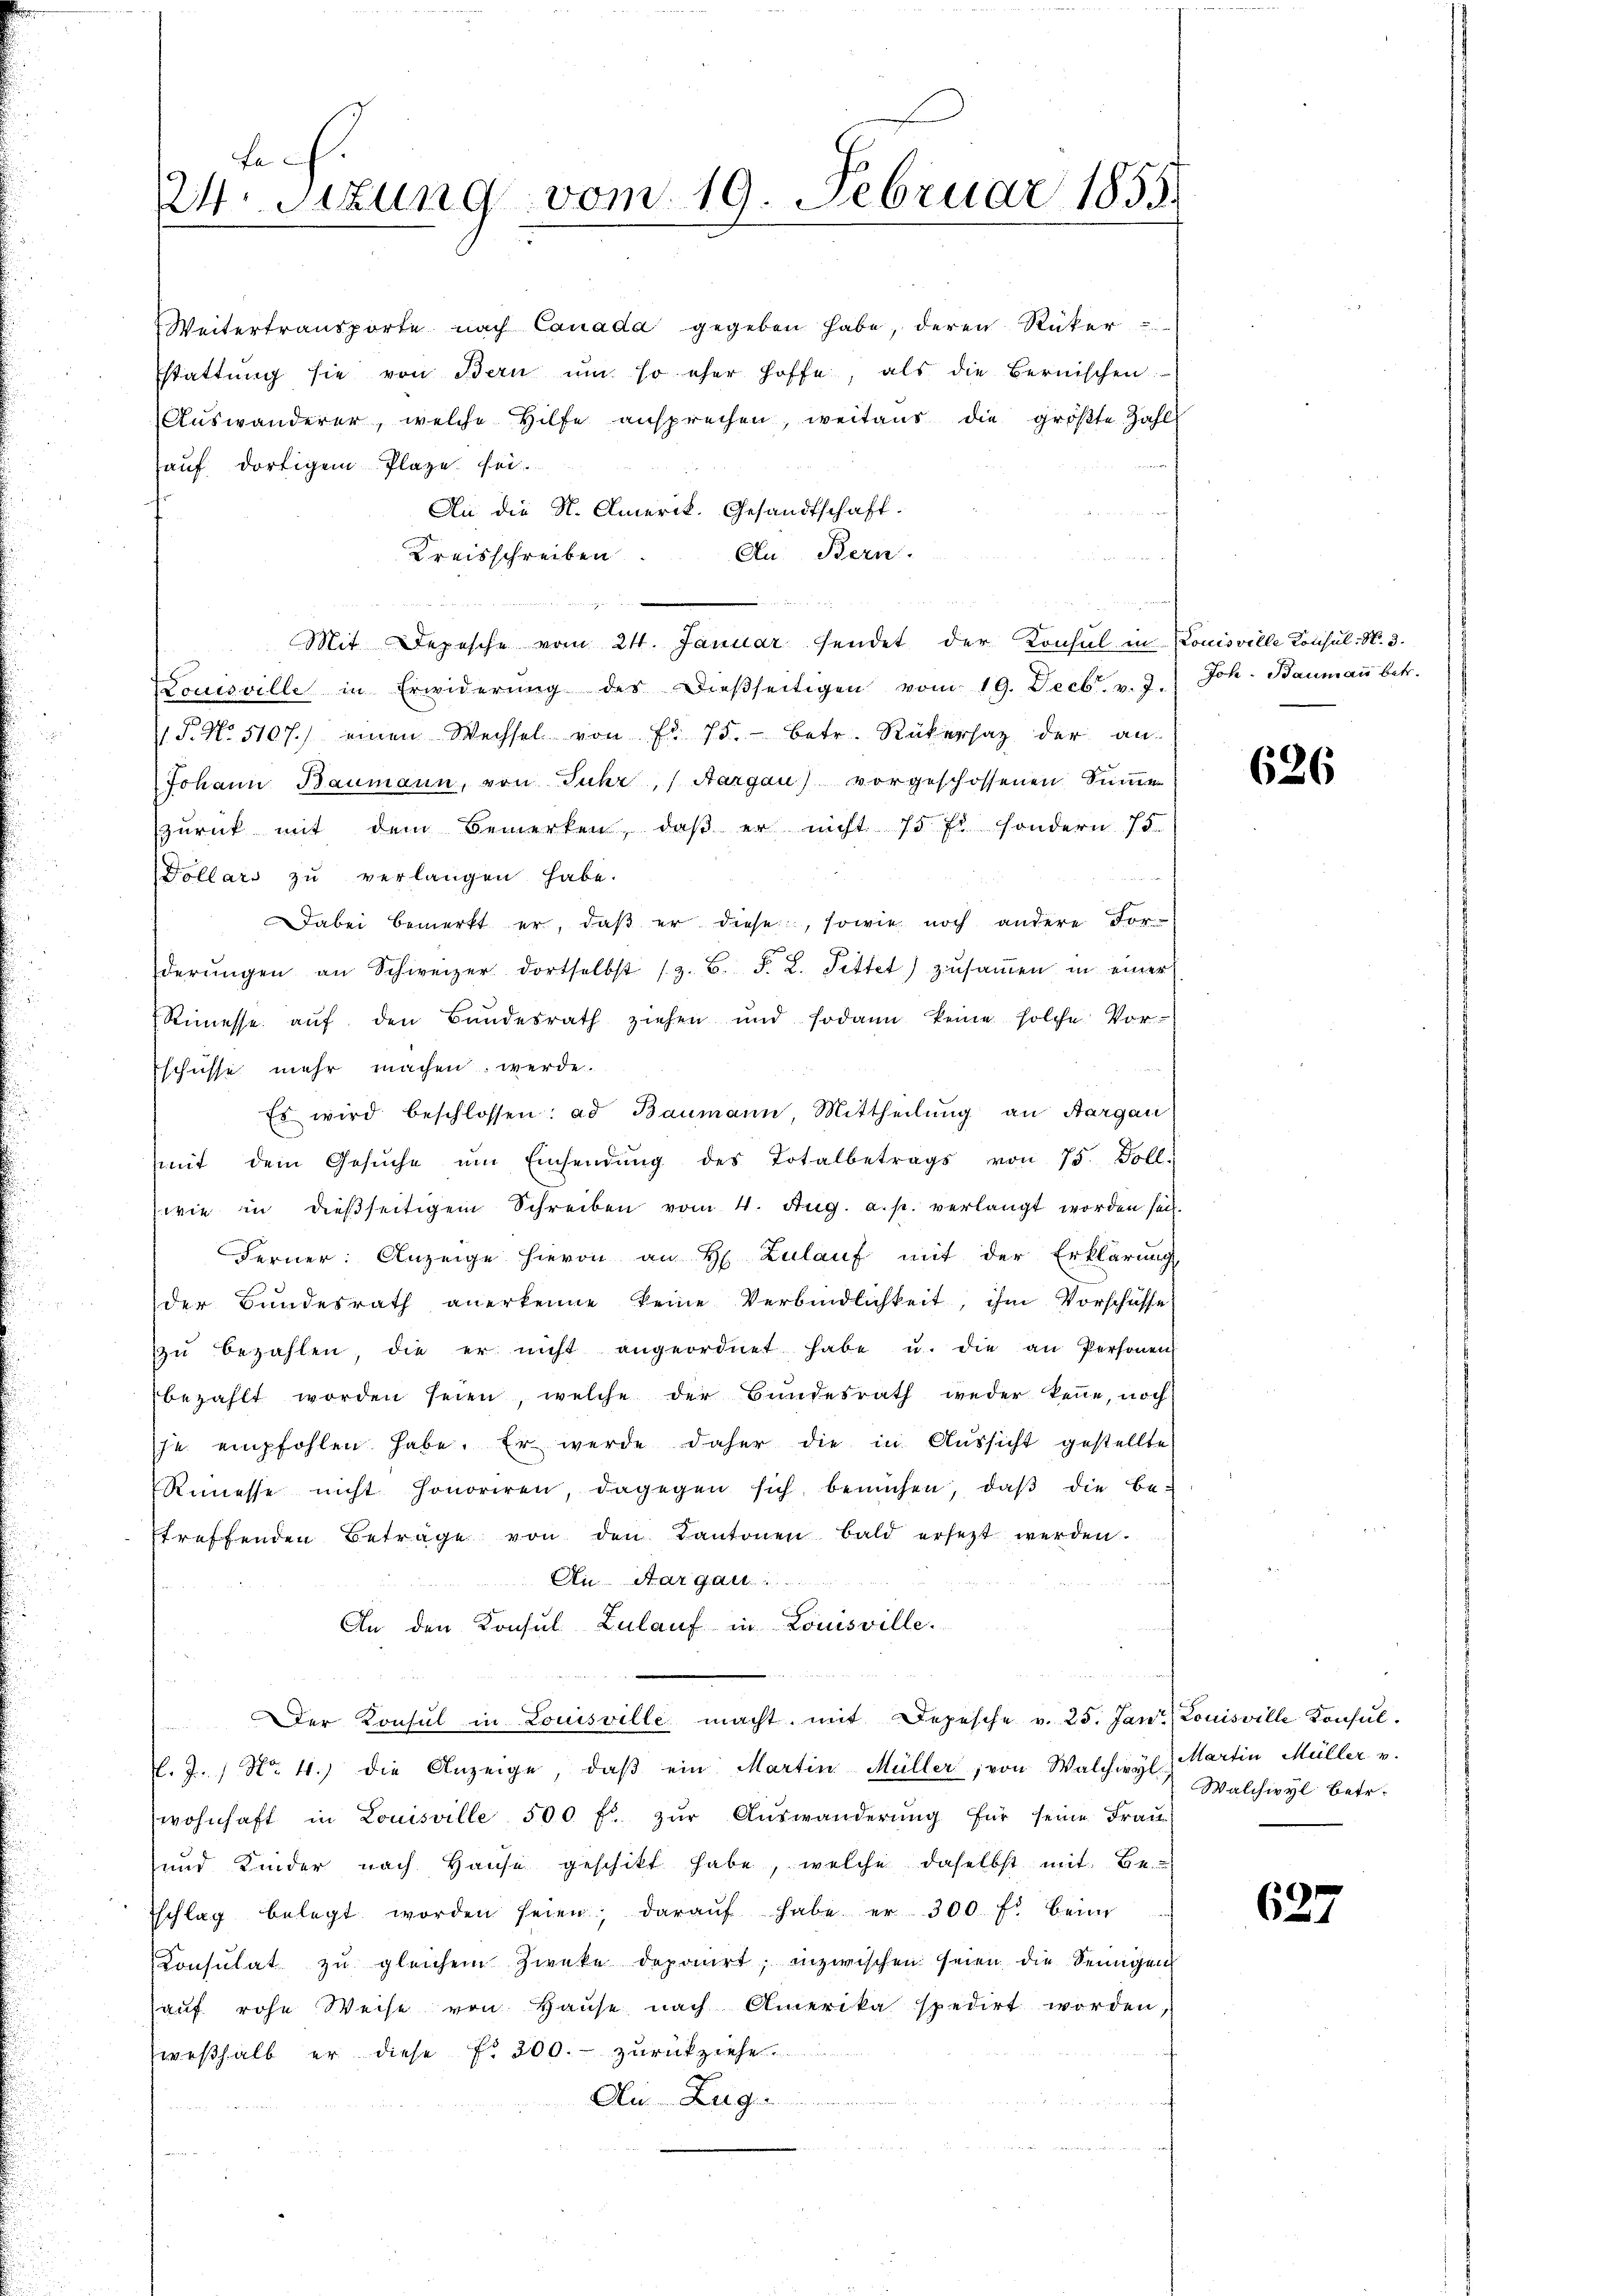
Fa
24. Sitzung vom 19. Februar 1858.

Weitertransporte nach Canada gegeben habe, deren Rüker
stattŭng sie von Bern ŭm so eher hoffe, als die Bernischen
Auswanderer, welche Hilfe ansprechen, weitaus die größte Zahl
auf dortigem Plaze sei.
An die N. Amerik. Gesandtschaft.
An Bern.
Kreisschreiben
un

   Zürich
Mit Depesche vom 24. Januar sendet der Konsul in Louisville Konsul N. 3.
Louisville in Erwiderŭng des Dieβseitigen vom 19. Decb. v. 2. Joh. Baumaṅ betr.
P. No. 5107.) einen Wechsel von Fr. 75. betr. Rükersatz der an-
Johann Baumann, von Juhr, / Aargau) vorgeschossenen Summe
zŭrück mit dem Bemerken, daβ er nicht 75 f. sondern 75.
Dollars zu verlangen habe.
Dabei bemerkt er, daβ er diese, sowie noch andere For-
derŭngen an Schweizer dortselbst (z. B. F. L. Fettet) zŭsaṁen in einer
Rimesse aŭf den Bundesrath ziehen und sodann keine solche Vor-
Eschüsse mehr machen werde.
Es wird beschlossen: ad Baumann, Mittheilung an Aargau
(mit dem Gesŭche ŭm Einsendŭng des Totalbetrags von 75. Doll.
wie in dießseitigem Schreiben vom 4. Aŭg. a. p. verlangt worden sei.
Ferner: Anzeige hievon an H. Zulauf mit der Erklärung
der Bundesrath anerkenne keine Verbindlichkeit, ihm Vorschüsse
zŭ bezahlen, die er nicht angeordnet habe u. die an Personen
bezahlt worden seien, welche der Bundesrath weder kenne, noch
je empfohlen habe. Er werde daher die in Aussicht gestellte
Rimesse nicht honoriren, dagegen sich bemühen, daβ die be-
treffenden Betrage von den Kantonen Bald ersetzt werden.
Ai Aargau
An den Konsul Zulauf in Louisville.
Der Konsul in Louisville macht, mit Depesche v. 25. Jan. Louisville Konsul-
l. J. / No. 4.) die Anzeige, daβ ein Martin-Müller, von Walchwyl, Martin Müller v.
wohnhaft in Louisville 500 fl zŭr Aŭswänderŭng für seine Fraŭ
und Kinder nach Hause geschikt habe, welche daselbst mit Be
Ischlag belegt worden seien; daraŭf habe er 300 f. beim
Consulat zu gleichem Zwecke deponirt; inzwischen seien die Seinigen
auf rohe Weise von Hause nach Amerika spedirt worden,
weßhalb er diese Nr. 200. zurückziehe
Au. Zug

626

Walchwyl betr.

627